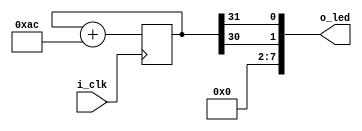
module mx1blinky(i_clk, o_led);
	input	wire		i_clk;
	output	wire	[7:0]	o_led;

	reg	[31:0]	counter;

	initial	counter = 0;
	always @(posedge i_clk)
		counter <= counter + 32'd172;

	assign	o_led[0] = counter[31];
	assign	o_led[1] = counter[30];
	assign	o_led[7:2] = 6'h00;

// Signature: 7e, aa, 99, 7e
endmodule